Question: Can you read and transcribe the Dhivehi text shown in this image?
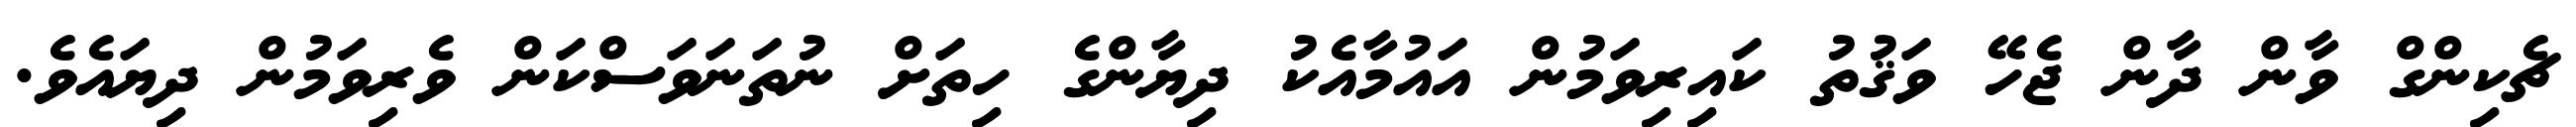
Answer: ޗެކިންގް ވާން ދާން ޖެހޭ ވަޤުތު ކައިރިވަމުން އައުމާއެކު ދިޔާންގެ ހިތަށް ނުތަނަވަސްކަން ވެރިވަމުން ދިޔައެވެ.